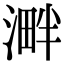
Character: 溿